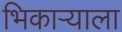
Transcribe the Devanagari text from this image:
भिकाऱ्याला